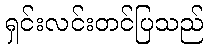
ရှင်းလင်းတင်ပြသည်